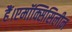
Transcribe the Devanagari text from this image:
हैं।एमॉक्सिसिलीन